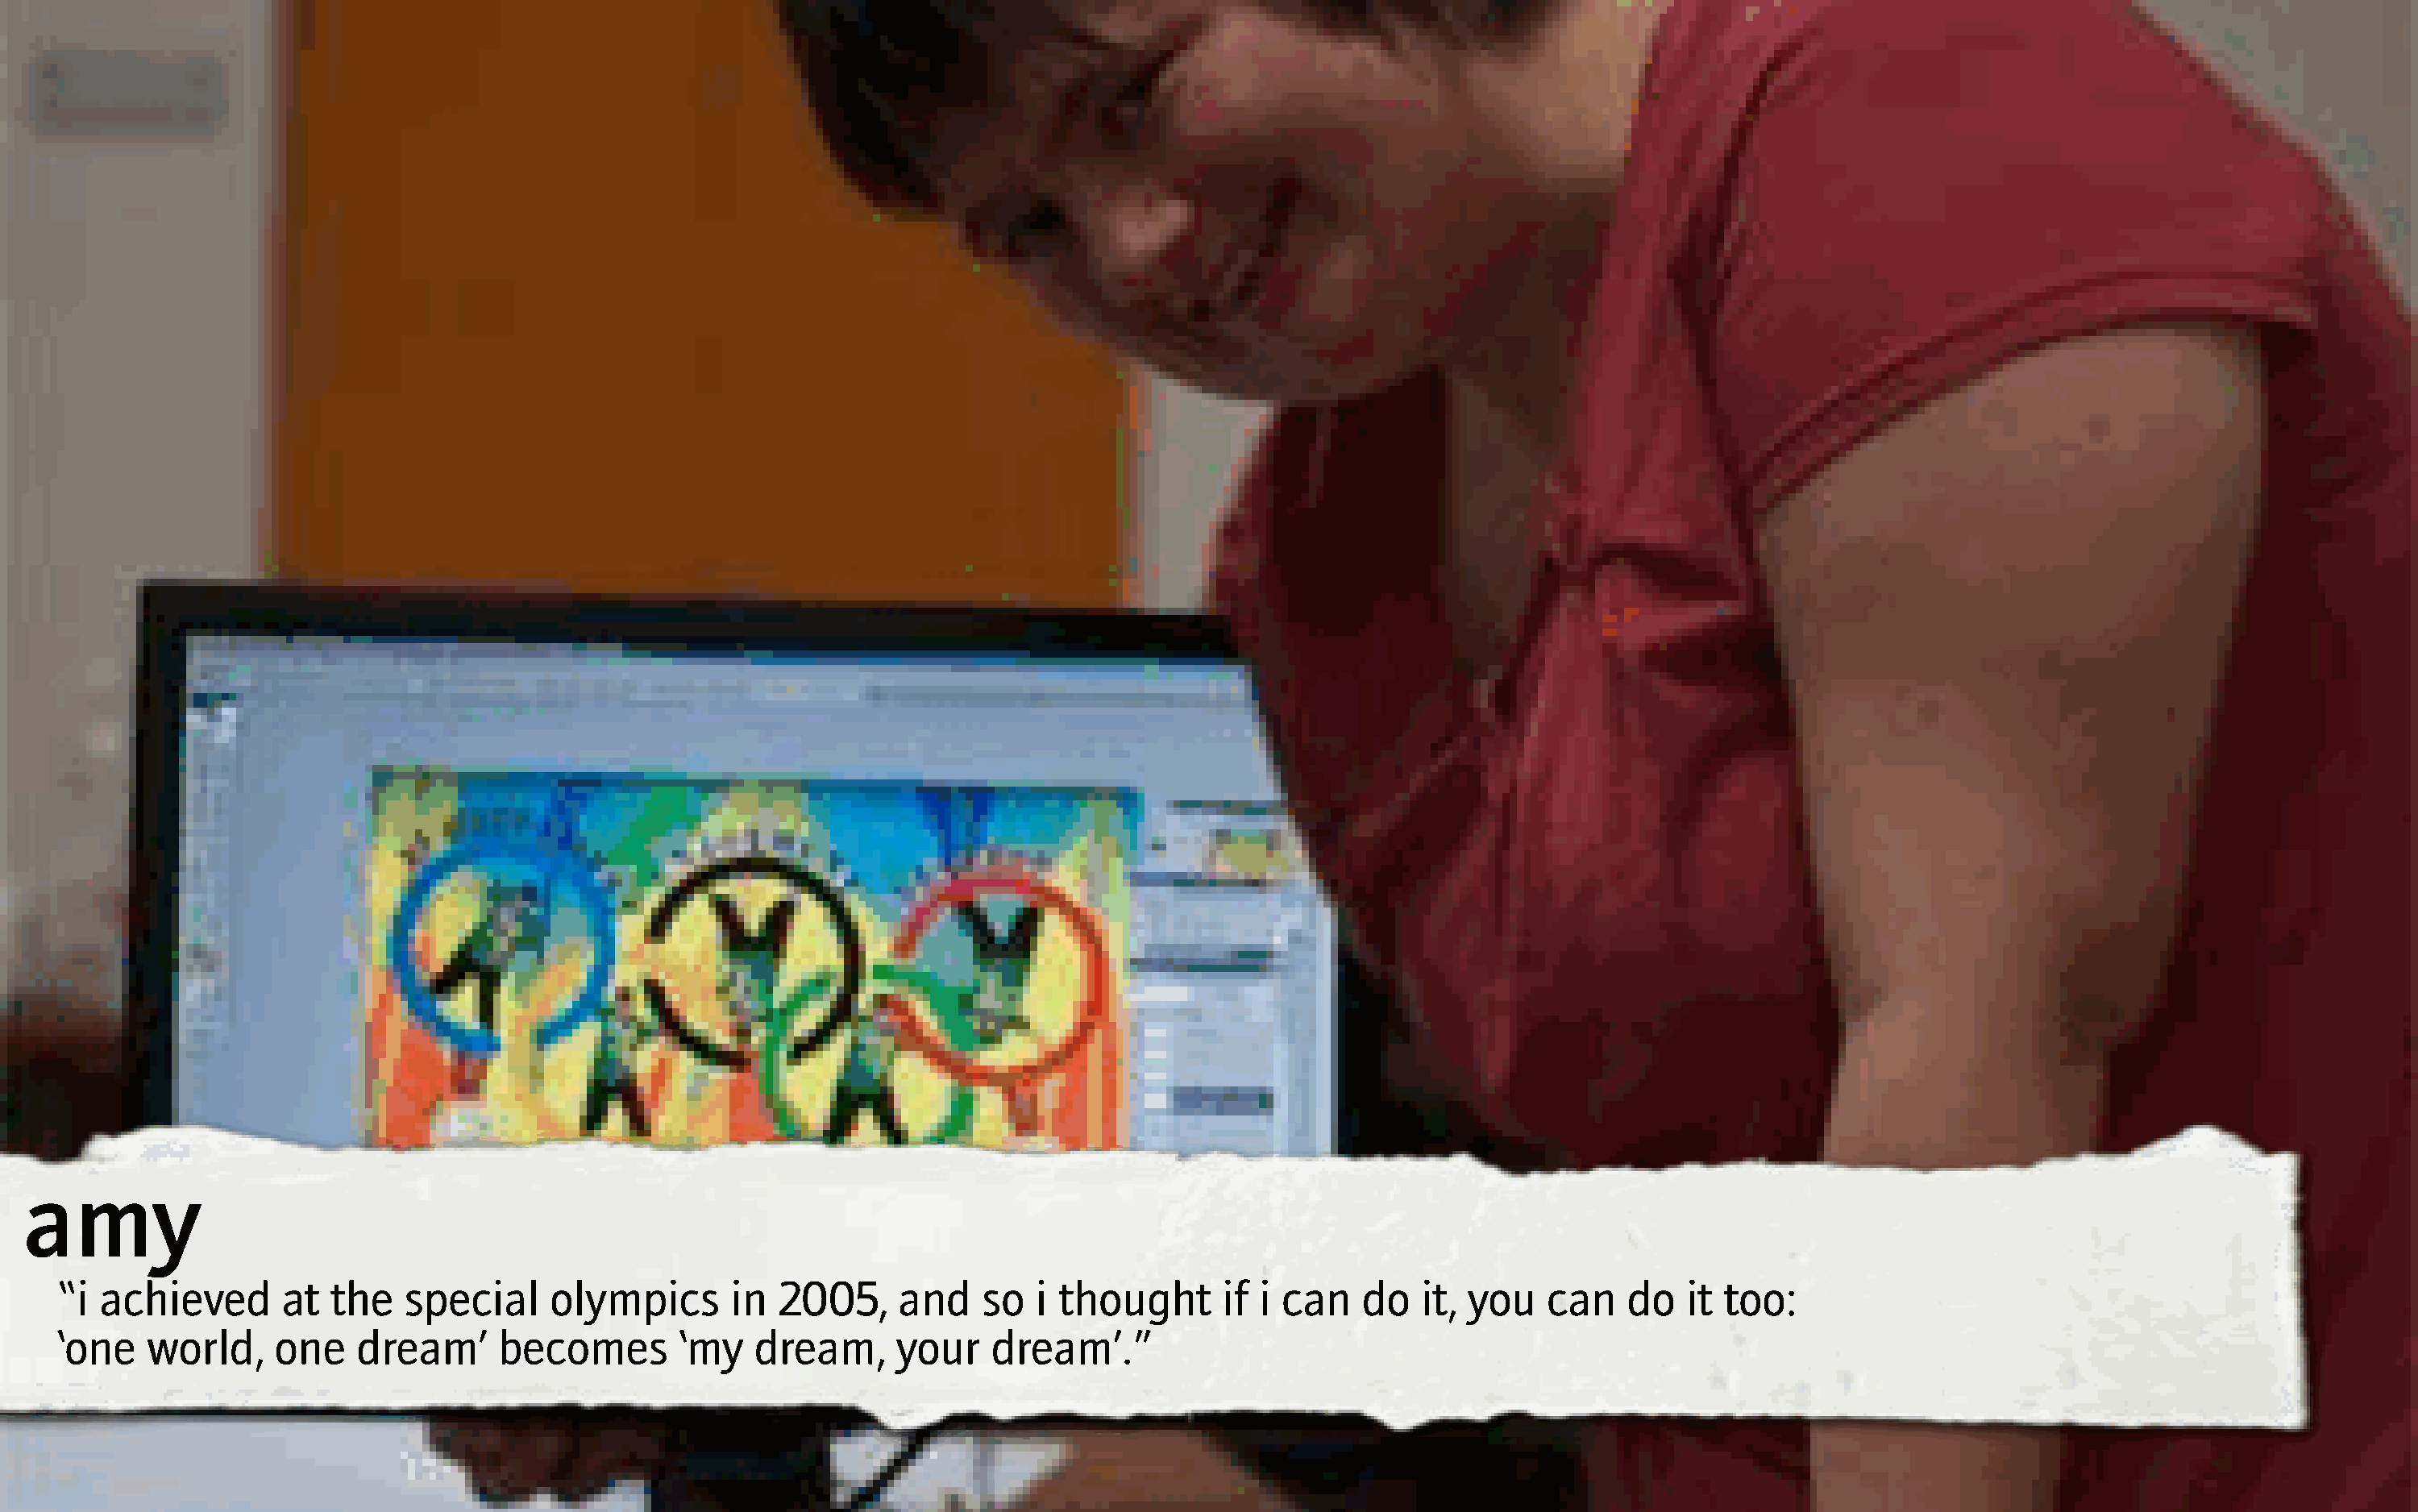
amy
 “i achieved       at  the   special     olympics       in  2005,     and    so  i thought      if i can    do   it, you   can    do   it too:
 ‘one   world,     one   dream’      becomes        ‘my   dream,      your   dream’.”